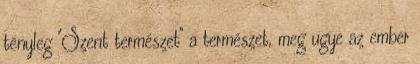
tényleg ''Szent természet'' a természet, meg ugye az ember